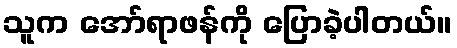
သူက အော်ရာဖန်ကို ပြောခဲ့ပါတယ်။